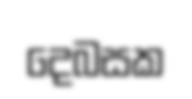
දෙබසක